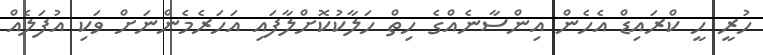
ހުރީ ހީ ކްރައިޑް އެހެން އިންސާނެއްގެ ހިތް ހަލާކުކޮށްލާފައި އަހަރެމެންނަށް ވަކި އުފަލެއް